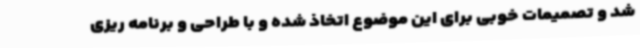
شد و تصمیمات خوبی برای این موضوع اتخاذ شده و با طراحی و برنامه ریزی